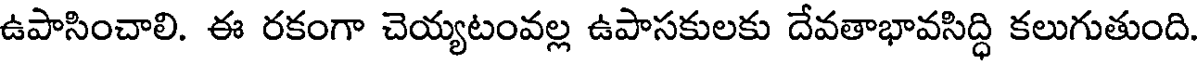
ఉపాసించాలి. ఈ రకంగా చెయ్యటంవల్ల ఉపాసకులకు దేవతాభావసిద్ధి కలుగుతుంది